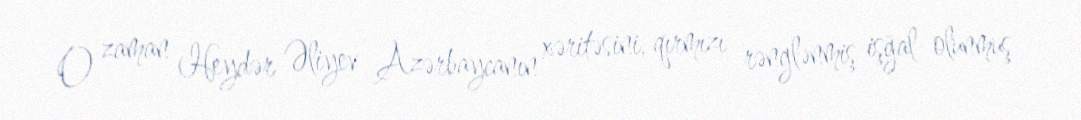
O zaman Heydər Əliyev Azərbaycanın xəritəsini, qırmızı rənglənmiş işğal olunmuş